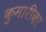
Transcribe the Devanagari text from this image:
कुमारीका